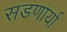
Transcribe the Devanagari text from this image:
सडणार्या